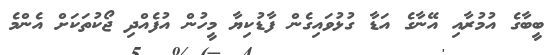
ބީބާގެ އުމުރާއި އޭނާގެ އަޑާ ގުޅުވައިގެން ފާޑުކިޔާ މީހުން އުފެއްދި ޖޯކުތަކަށް އެންމެ